Leningradi_Edasi_toimetus, lk 209
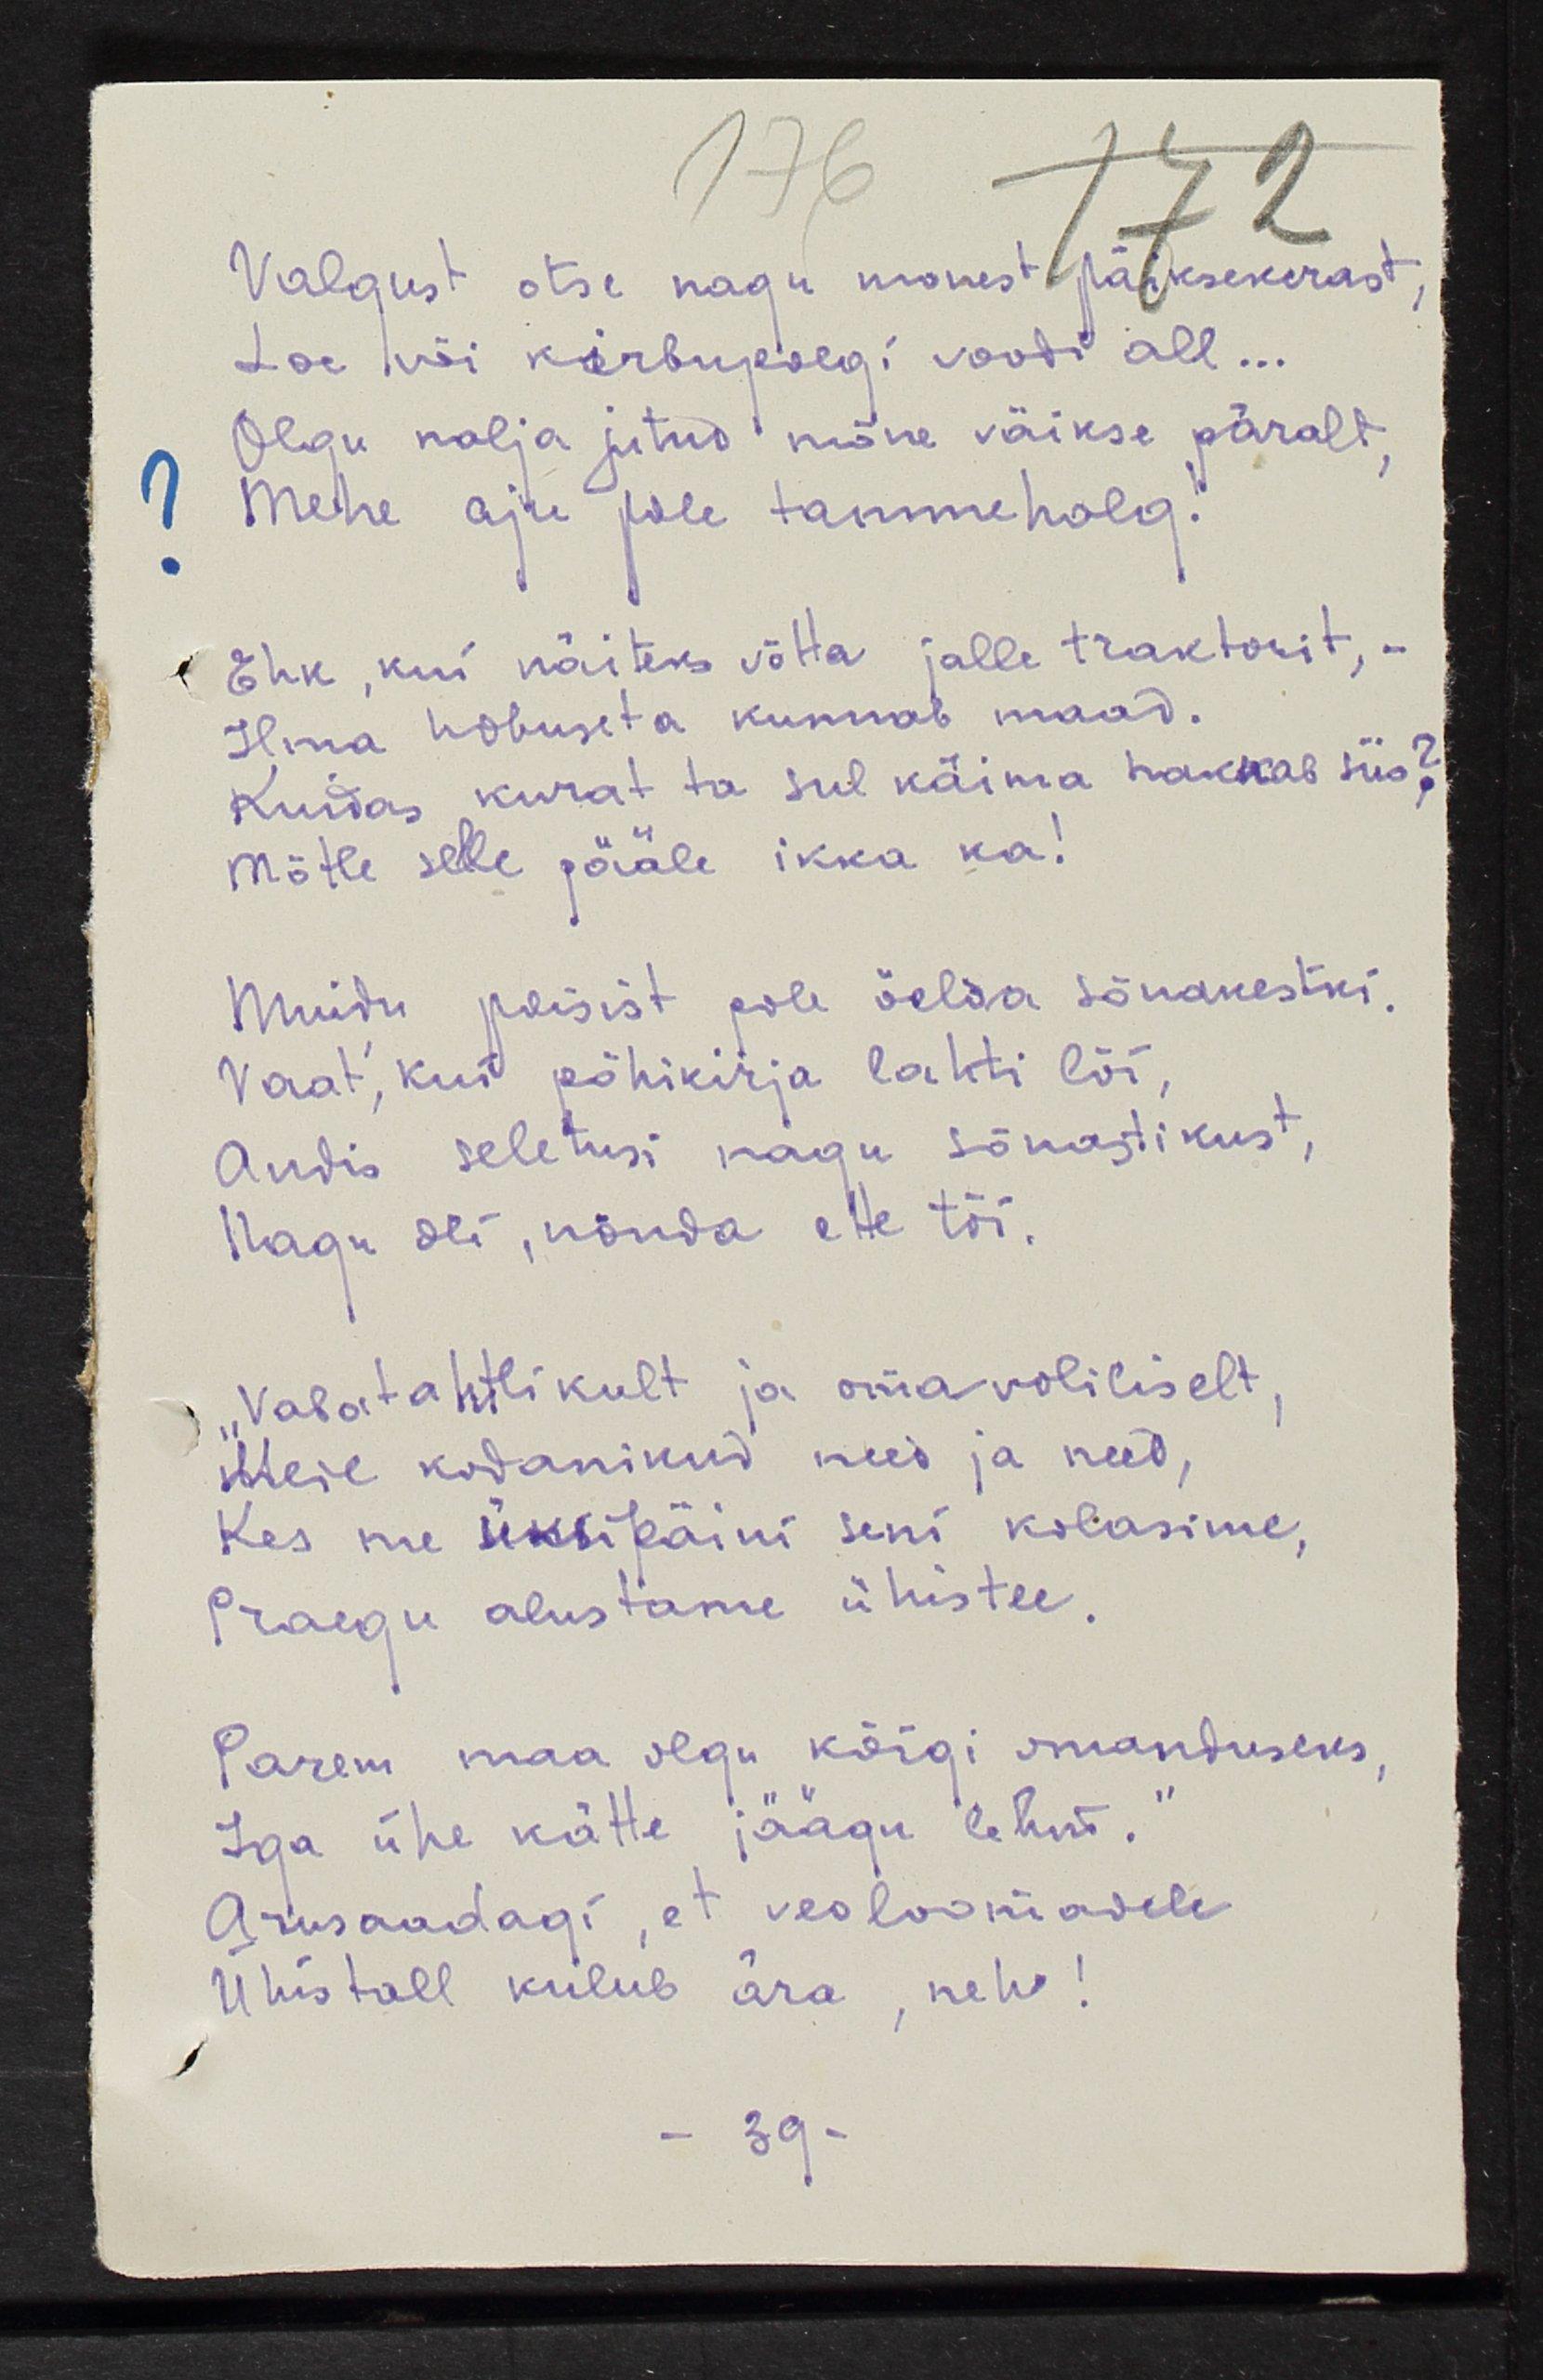
Valgust otse nagu monest päikesekerast,
Loe või kirbupoegi voodi all...
Olgu nalja jutud mõne väikse päralt,
Mehe aju pole tammehalg!
Ehk, kui näiteks võtta jalle traktorit, - 
Ilma hobuseta kunnab maad.
Kuidas kurat ta sul käima hakkab siis?
Mõtle selle pääle ikka ka!
Muidu poisist pole öelda sõnakestki.
Vaat, kui põhikirja lahti lõi,
Andis seletusi nagu sõnastikust,
Nagu oli, nõnda ette tõi.
"Vabatahtlikult ja omavoliliselt,
Meie kodanikud need ja need,
Kes me üksipäini seni kolasime,
Praegu alustame ühistee.
Parem maa olgu kõigi omanduseks,
Iga ühe kätte jäägu lehud."
Arusaadagi, et veoloomadele
Ühistoll kulub ära, neh!